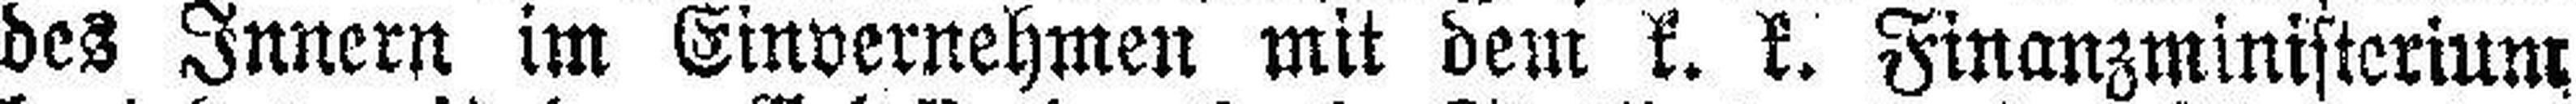
des Innern im Einvernehmen mit dem k. k. Finanzministerium